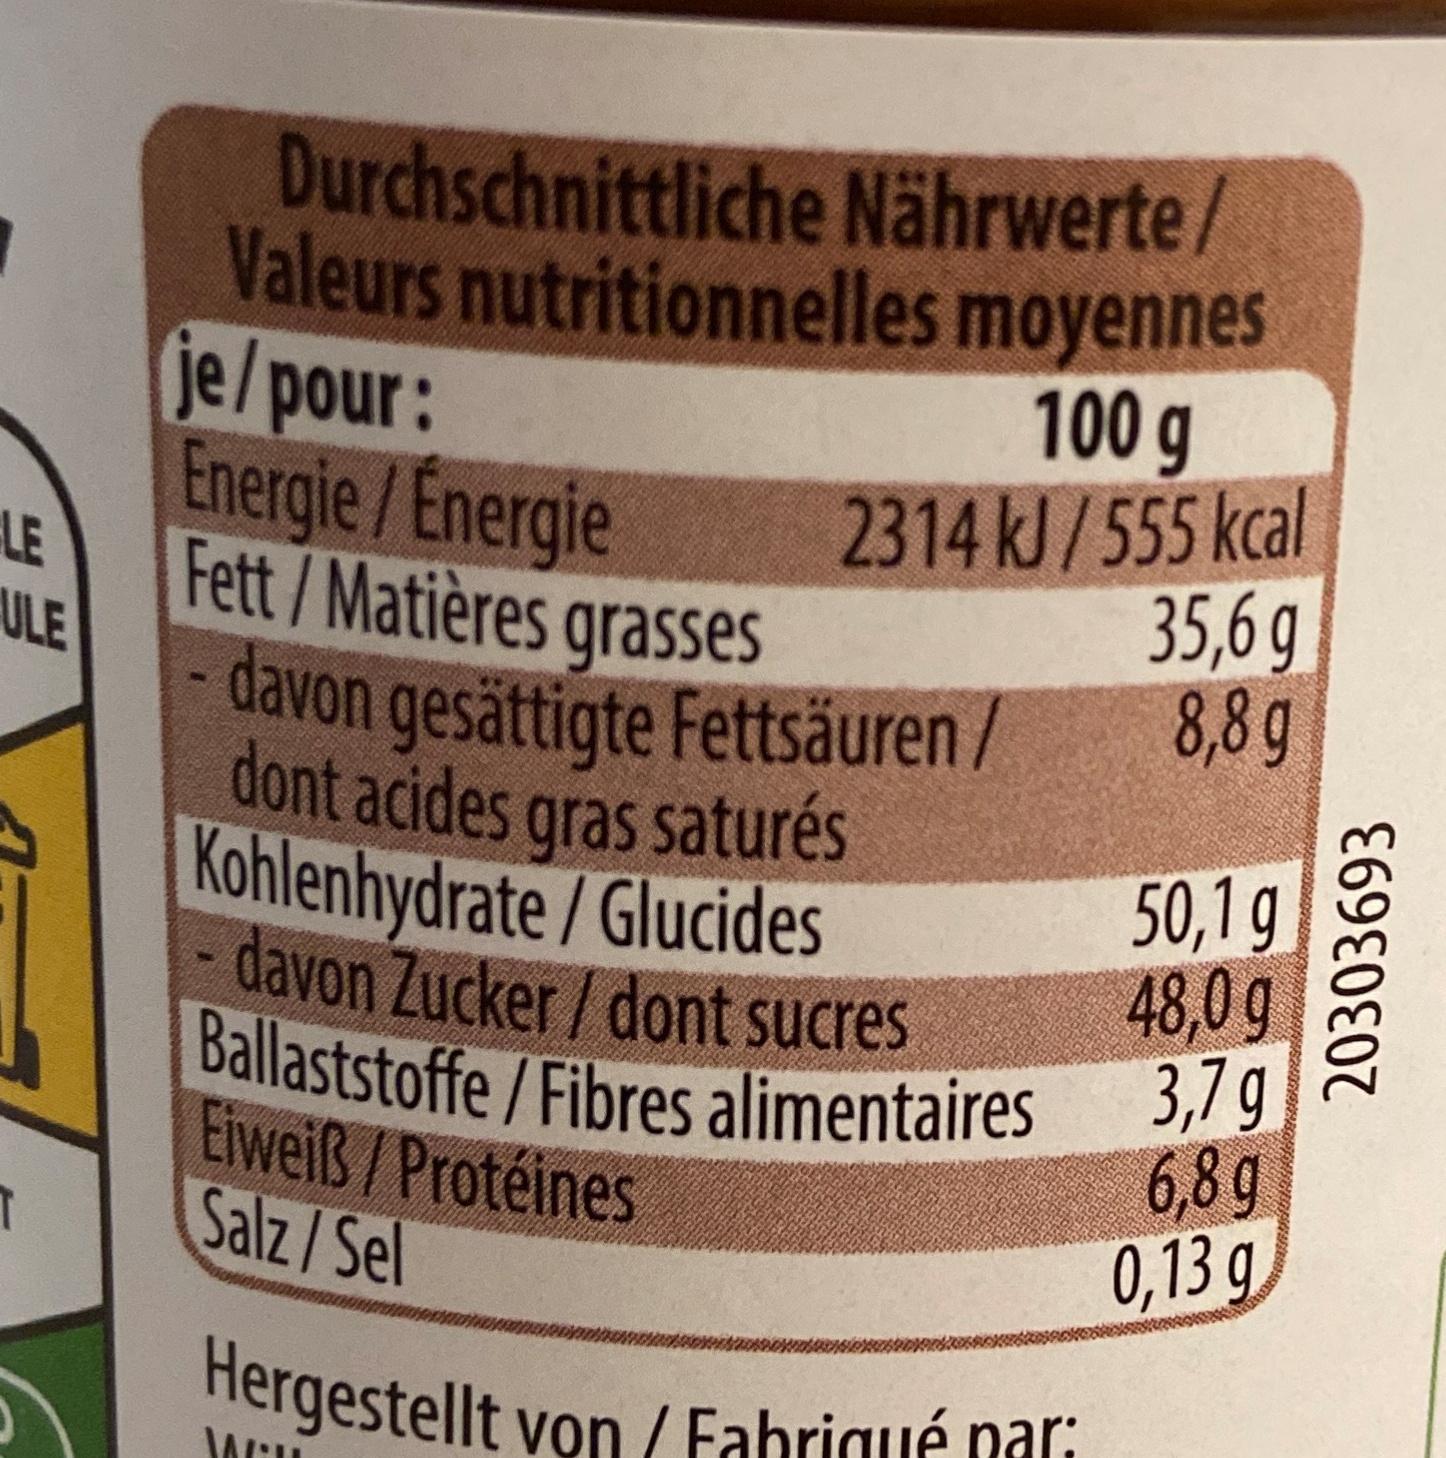
LE
ULE
T
Durchschnittliche Nährwerte/ Valeurs nutritionnelles moyennes
100 g
je/pour: Energie/ Énergie
2314 kJ/555 kcal
Fett/Matières grasses davon gesättigte Fettsäuren/ dont acides gras saturés Kohlenhydrate/Glucides - davon Zucker/dont sucres Ballaststoffe/Fibres alimentaires
Eiweiß/Protéines Salz/Sel
Hergestellt von / Fabriqué par:
Wen
35,6 g 8,8g
50,1 g
48,0 g 3,7 g 6,8 g
0,13 g
20303693